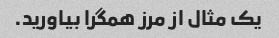
یک مثال از مرز همگرا بیاورید.